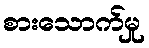
စားသောက်မှု